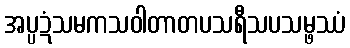
အပ္ပဍံသမကသဝါတာတပသရီသပသမ္ဖဿံ